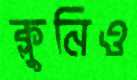
ক্লুনিও